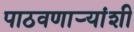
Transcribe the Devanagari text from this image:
पाठवणाऱ्यांशी